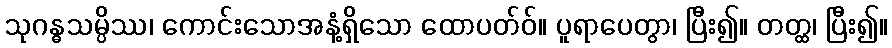
သုဂန္ဓသမ္ပိဿ၊ ကောင်းသောအနံ့ရှိသော ထောပတ်ဝ်။ ပူရာပေတွာ၊ ပြီး၍။ တတ္ထ၊ ပြီး၍။